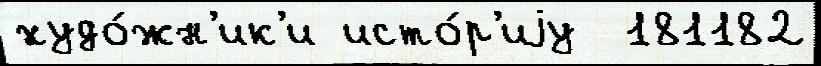
худо́жн'ик'и исто́р'иjу  181182